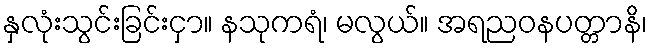
နှလုံးသွင်းခြင်းငှာ။ နသုကရံ၊ မလွယ်။ အရညဝနပတ္တာနိ၊